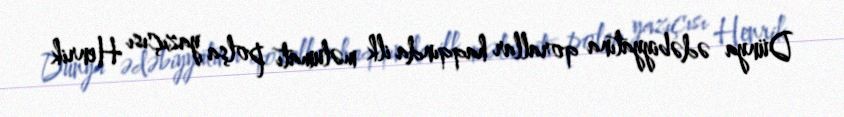
Dünya ədəbiyyatına qorallar haqqında ilk məlumatı polşa yazıçısı Henrik